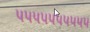
૫૫૫૫૫૫૫૫૫૫